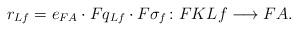
LaTeX: \begin{align*} r_{Lf}=e_{FA}\cdot Fq_{{L}f}\cdot F\sigma_f\colon FK{L}f\longrightarrow FA.\end{align*}